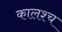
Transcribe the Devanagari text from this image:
कालश्च